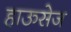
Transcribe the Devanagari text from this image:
हाऊसेज